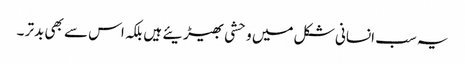
یہ سب انسانی شکل میں وحشی بھیڑیئے ہیں بلکہ اس سے بھی بدتر ۔